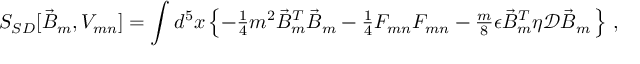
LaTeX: S _ { S D } [ \vec { B } _ { m } , V _ { m n } ] = \int d ^ { 5 } x \left\{ - { \textstyle \frac { 1 } { 4 } } m ^ { 2 } \vec { B } _ { m } ^ { T } \vec { B } _ { m } - { \textstyle \frac { 1 } { 4 } } { \cal F } _ { m n } { \cal F } _ { m n } - { \textstyle \frac { m } { 8 } } \epsilon \vec { B } _ { m } ^ { T } \eta \mathcal { D } \vec { B } _ { m } \, \right\} \, ,